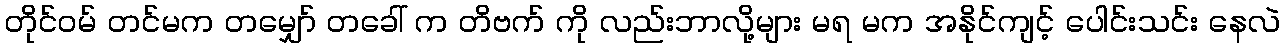
တိုင်ဝမ် တင်မက တမျှော် တခေါ် က တိဗက် ကို လည်းဘာလို့များ မရ မက အနိုင်ကျင့် ပေါင်းသင်း နေလဲ